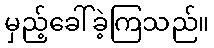
မှည့်ခေါ်ခဲ့ကြသည်။